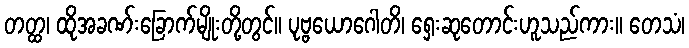
တတ္ထ၊ ထိုအခဏ်းခြောက်မျိုးတို့တွင်။ ပုဗ္ဗယောဂေါတိ၊ ရှေးဆုတောင်းဟူသည်ကား။ တေသံ၊